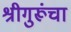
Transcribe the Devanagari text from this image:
श्रीगुरूंचा